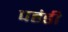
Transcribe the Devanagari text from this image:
पहंडी